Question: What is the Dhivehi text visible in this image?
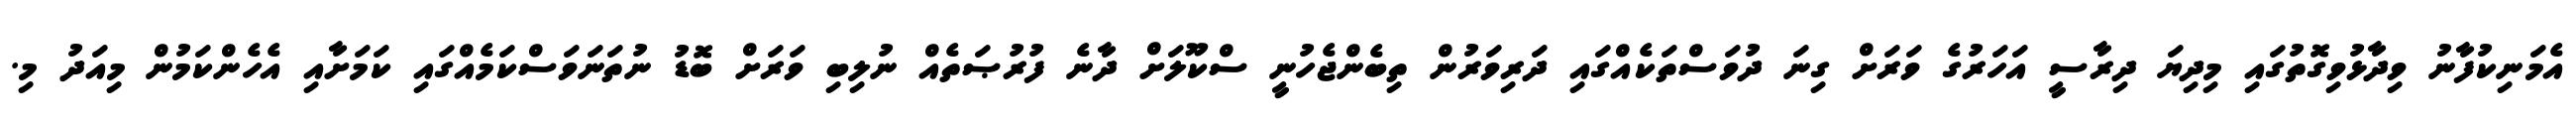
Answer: އެމަނިކުފާނު ވިދާޅުވިގޮތުގައި މިދިޔަ ދިރާސީ އަހަރުގެ ވަރަށް ގިނަ ދުވަސްތަކެއްގައި ދަރިވަރުން ތިބެންޖެހުނީ ސްކޫލަށް ދާނެ ފުރުޞަތެއް ނުލިބި ވަރަށް ބޮޑު ނުތަނަވަސްކަމެއްގައި ކަމަށާއި އެހެންކަމުން މިއަދު މި.